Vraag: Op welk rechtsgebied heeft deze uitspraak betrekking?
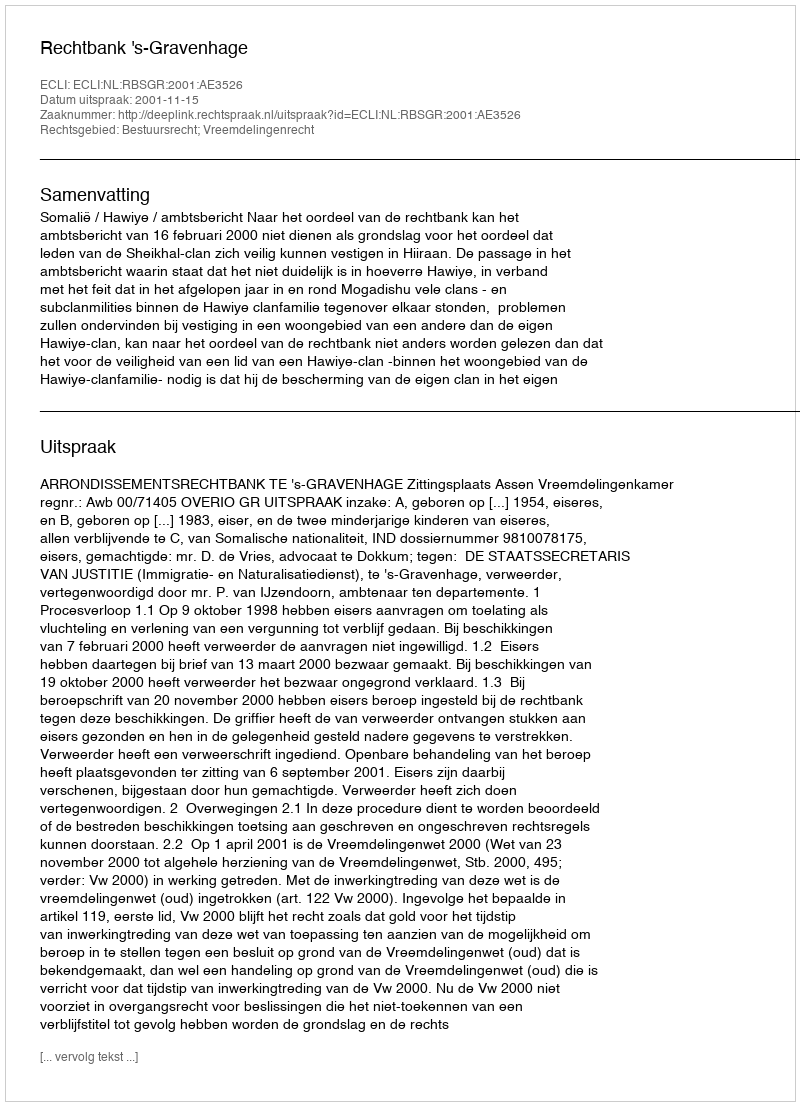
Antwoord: Bestuursrecht; Vreemdelingenrecht